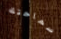
سماحتك